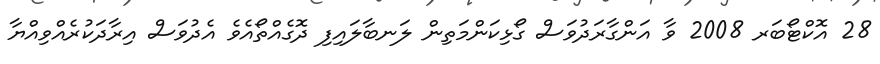
28 އޮކްޓޯބަރ 2008 ވާ އަންގާރަދުވަސް ގޯޅިކަންމަތިން ލަނބާލައިފި ދޮގެއްތޯއެވެ އެދުވަސް އިރާދަކުރެއްވިއްޔާ